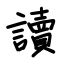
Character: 讀